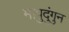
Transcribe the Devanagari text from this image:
मापुदुंगुन